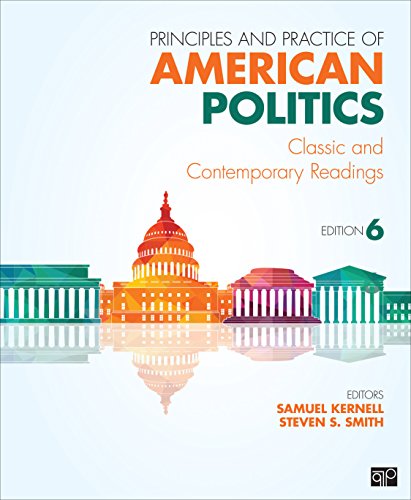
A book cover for Principles and Practice of American Politics: Classic and Contemporary Readings; Samuel Kernell; Politics & Social Sciences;